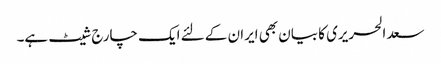
سعد الحریری کا بیان بھی ایران کے لئے ایک چارج شیٹ ہے۔